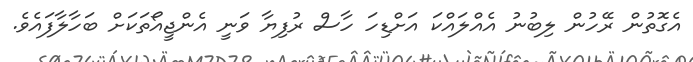
އެގޮތުން ރޭހުން ލިބުނު އެއްލައްކަ އަށްޑިހަ ހާސް ރުފިޔާ ވަނީ އެންޖީއޯތަކަށް ބަހާލާފައެވެ.